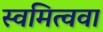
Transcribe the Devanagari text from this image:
स्वमित्ववा